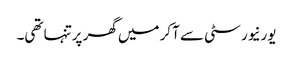
یورنیورسٹی سے آکر میں گھر پرتنہا تھی۔